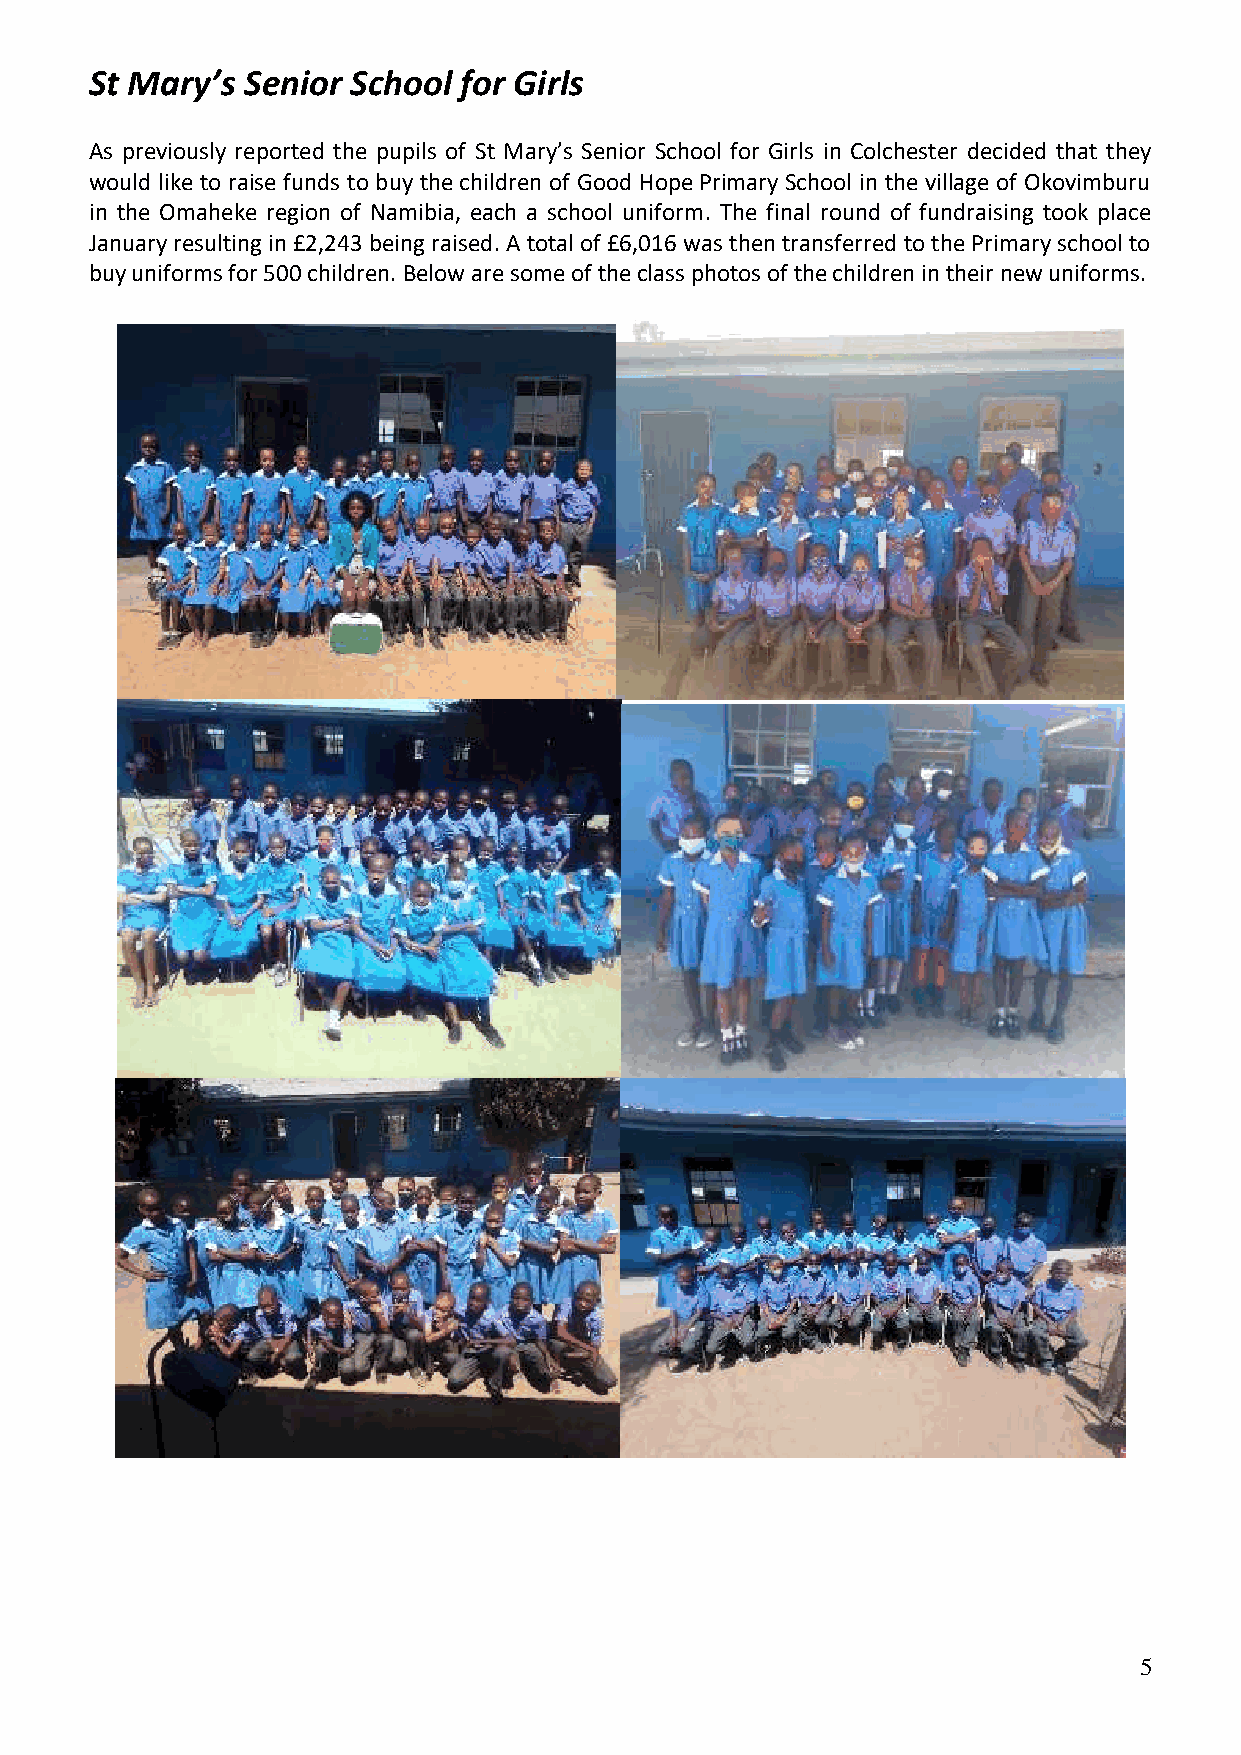
St Mary’s Senior School for Girls
 As previously reported the pupils of St Mary’s Senior School for Girls in Colchester decided that they
 would like to raise funds to buy the children of Good Hope Primary School in the village of Okovimburu
 in the Omaheke region of Namibia, each a school uniform. The final round of fundraising took place
 January resulting in £2,243 being raised. A total of £6,016 was then transferred to the Primary school to
 buy uniforms for 500 children.Below aresome of theclass photos of the children in their new uniforms.
 5